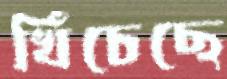
খিঁচেছে